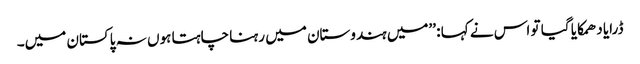
ڈرایا دھمکایا گیا تو اس نے کہا : ’’میں ہندوستان میں رہنا چاہتا ہوں نہ پاکستان میں۔